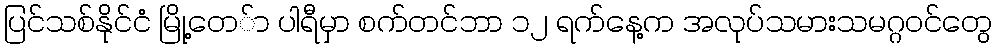
ပြင်သစ်နိုင်ငံ မြို့တေ်ာ ပါရီမှာ စက်တင်ဘာ ၁၂ ရက်နေ့က အလုပ်သမားသမဂ္ဂဝင်တွေ